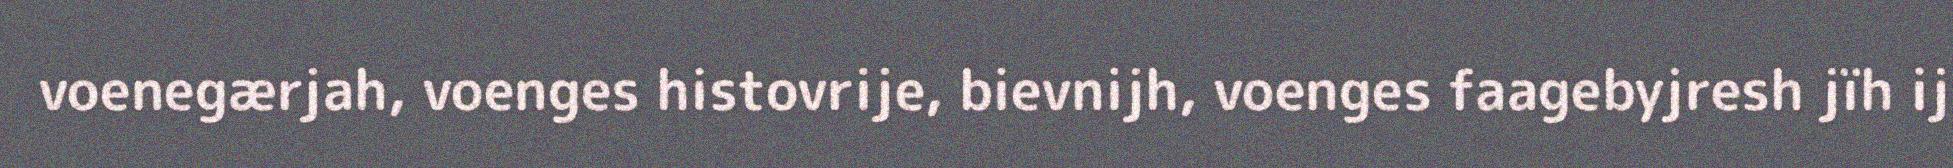
voenegærjah, voenges histovrije, bievnijh, voenges faagebyjresh jïh ij